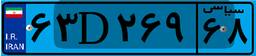
۶۳D۲۶۹۶۸